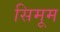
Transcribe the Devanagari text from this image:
सिमूम